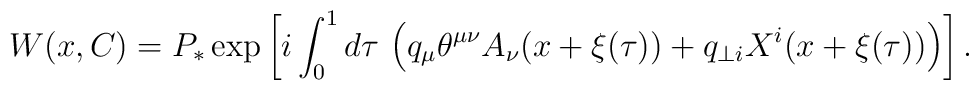
W(x,C)  =  P_{\ast} \exp \left[ i \int_0^1 d \tau  \,\left(q_{\mu} \theta^{\mu \nu} A_{\nu} (x + \xi (\tau))+ q_{\perp i}  X^i ( x + \xi (\tau)) \right) \right].